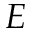
E